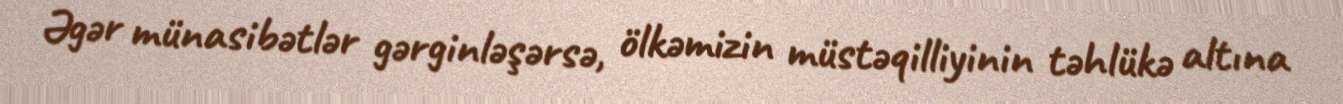
Əgər münasibətlər gərginləşərsə, ölkəmizin müstəqilliyinin təhlükə altına